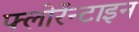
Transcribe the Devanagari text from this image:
फ्लोरेंन्टाइन